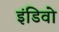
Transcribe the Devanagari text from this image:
इंडिवो